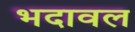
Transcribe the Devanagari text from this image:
भदावल